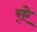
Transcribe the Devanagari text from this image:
र्‌ऐ